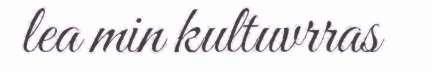
lea min kultuvrras